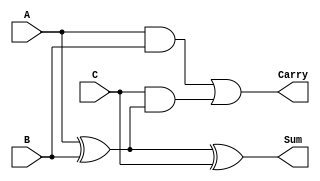
module FA_design(
    input A,
    input B,
    input C,
    output Sum,
    output Carry
    );

    wire X1, X2, X3;
    wire C1, C2;

    xor (X1, A, B);
    xor (Sum, X1, C);

    and (C1, A, B);
    and (C2, C, X1);
    or (Carry, C1, C2);

endmodule